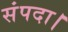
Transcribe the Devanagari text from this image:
संपदा।